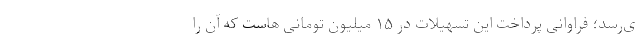
ی‌رسد؛ فراوانی پرداخت این تسهیلات در ۱۵ میلیون تومانی هاست که آن را